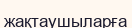
жақтаушыларға